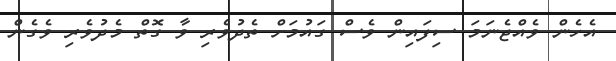
އެހެން ވެއްޖެނަމަ ސިފައިން ވެސް ގައުމަށް ތެދުވެރި ވާ ގޮތް މެދުވެރި ވެގެން